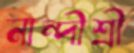
নান্দীশ্রী